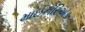
માઈનરિઅડ